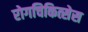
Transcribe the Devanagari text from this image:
रोगचिकित्सेस